Annual administration report of the Civil Veterinary Department of India - 1892-1893
Year: 1892
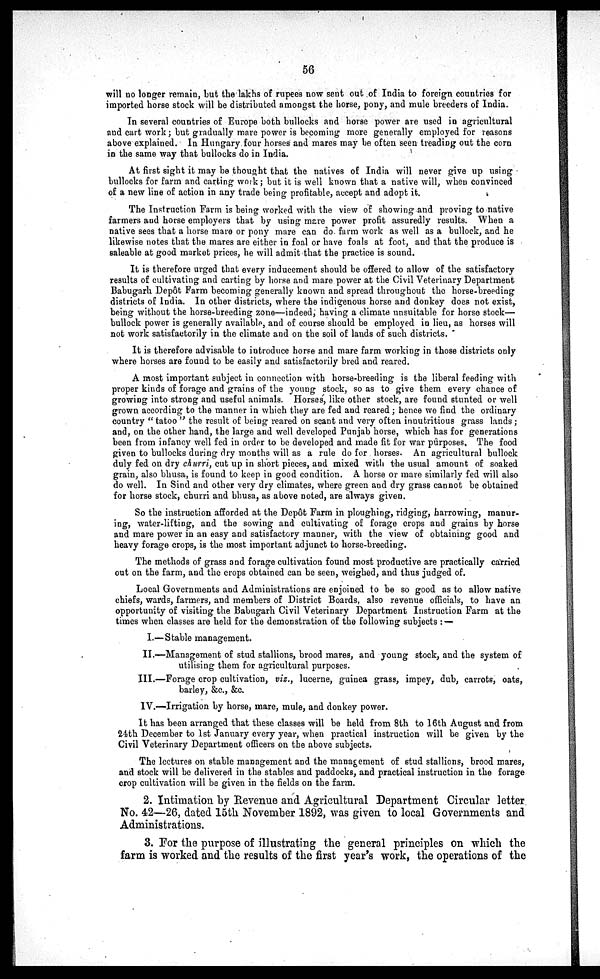
56
will no longer remain, but the lakhs of rupees now sent out of India to foreign countries for
imported horse stock will be distributed amongst the horse, pony, and mule breeders of India.
In several countries of Europe both bullocks and horse power are used in agricultural
and cart work; but gradually mare power is becoming more generally employed for reasons
above explained. In Hungary four horses and mares may be often seen treading out the corn
in the same way that bullocks do in India.
At first sight it may be thought that the natives of India will never give up using
bullocks for farm and carting work; but it is well known that a native will, when convinced
of a new line of action in any trade being profitable, accept and adopt it.
The Instruction Farm is being worked with the view of showing and proving to native
farmers and horse employers that by using mare power profit assuredly results. When a
native sees that a horse mare or pony mare can do farm work as well as a bullock, and he
likewise notes that the mares are either in foal or have foals at foot, and that the produce is
saleable at good market prices, he will admit that the practice is sound.
It is therefore urged that every inducement should be offered to allow of the satisfactory
results of cultivating and carting by horse and mare power at the Civil Veterinary Department
Babugarh Depôt Farm becoming generally known and spread throughout the horse-breeding
districts of India. In other districts, where the indigenous horse and donkey does not exist,
being without the horse-breeding zone—indeed, having a climate unsuitable for horse stock—
bullock power is generally available, and of course should be employed in lieu, as horses will
not work satisfactorily in the climate and on the soil of lands of such districts.
It is therefore advisable to introduce horse and mare farm working in those districts only
where horses are found to be easily and satisfactorily bred and reared.
A most important subject in connection with horse-breeding is the liberal feeding with
proper kinds of forage and grains of the young stock, so as to give them every chance of
growing into strong and useful animals. Horses, like other stock, are found stunted or well
grown according to the manner in which they are fed and reared; hence we find the ordinary
country "tatoo" the result of being reared on scant and very often innutritious grass lands;
and, on the other hand, the large and well developed Punjab horse, which has for generations
been from infancy well fed in order to be developed and made fit for war purposes. The food
given to bullocks during dry months will as a rule do for horses. An agricultural bullock
duly fed on dry churri, cut up in short pieces, and mixed with the usual amount of soaked
grain, also bhusa, is found to keep in good condition. A horse or mare similarly fed will also
do well. In Sind and other very dry climates, where green and dry grass cannot be obtained
for horse stock, churri and bhusa, as above noted, are always given.
So the instruction afforded at the Depôt Farm in ploughing, ridging, harrowing, manur-
ing, water-lifting, and the sowing and cultivating of forage crops and grains by horse
and mare power in an easy and satisfactory manner, with the view of obtaining good and
heavy forage crops, is the most important adjunct to horse-breeding.
The methods of grass and forage cultivation found most productive are practically carried
out on the farm, and the crops obtained can be seen, weighed, and thus judged of.
Local Governments and Administrations are enjoined to be so good as to allow native
chiefs, wards, farmers, and members of District Boards, also revenue officials, to have an
opportunity of visiting the Babugarh Civil Veterinary Department Instruction Farm at the
times when classes are held for the demonstration of the following subjects:—
I.—Stable management.
II.—Management of stud stallions, brood mares, and young stock, and the system of
utilising them for agricultural purposes.
III.—Forage crop cultivation, viz., lucerne, guinea grass, impey, dub, carrots, oats,
barley, &c., &c.
IV.—Irrigation by horse, mare, mule, and donkey power.
It has been arranged that these classes will be held from 8th to 16th August and from
24th December to 1st January every year, when practical instruction will be given by the
Civil Veterinary Department officers on the above subjects.
The lectures on stable management and the management of stud stallions, brood mares,
and stock will be delivered in the stables and paddocks, and practical instruction in the forage
crop cultivation will be given in the fields on the farm.
2. Intimation by Revenue and Agricultural Department Circular letter
No. 42—26, dated 15th November 1892, was given to local Governments and
Administrations.
3. For the purpose of illustrating the general principles on which the
farm is worked and the results of the first year's work, the operations of the